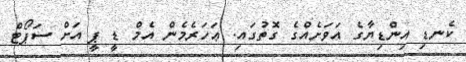
ކެނޑި އިންޑިޔާގެ އަވަށެއްގެ ގޮތުގައި. ޢަހަރެމެން އެމް ޑީ ޕީ އަށް ސަޕޯޓް